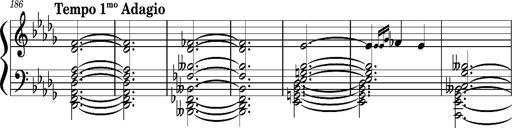
Title: Concerto sans orchestre, S.524a
Composer: Franz Liszt
Key: A major